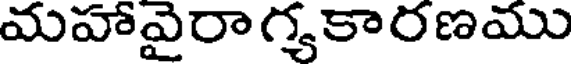
మహావైరా గ్యకారణము